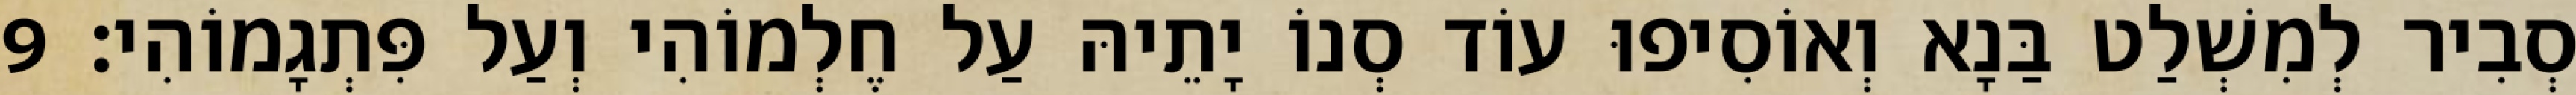
סְבִיר לְמִשְׁלַט בַּנָא וְאוֹסִיפוּ עוֹד סְנוֹ יָתֵיהּ עַל חֶלְמוֹהִי וְעַל פִּתְגָמוֹהִי׃ 9